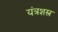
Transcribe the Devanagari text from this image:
यंत्रशस्त्र